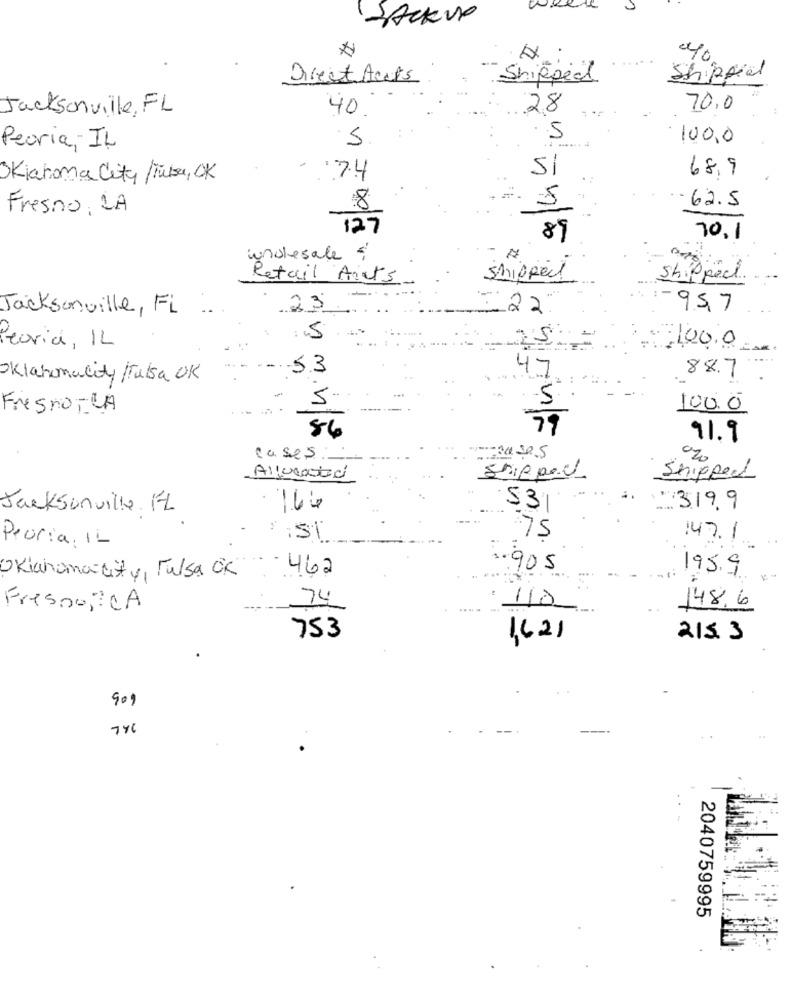
BACKUP
Direct Acts
Shipped
Shipped
Jacksonville, FL
40
28
70,0
5
5
100,0
Peoria, IL
Si
68.9
Oklahoma City /Tulsa, OK
5
- 62.5
Fresno, LA
8
127
89
70, 1
wholesale
Retail Aits
shipped
Shipped
Jacksonville, FL
23
=22
95.7
: 5
25
Peoria, IL
100.0
53
Oklahomacity /Tulsa OK
..
47
88.7 .
5
-5
Fresno-LA
100.0
79
86
91.9
cases
Allocated
shipped
Shipped
-
Jacksonville FL
53
3.19.9
Peoria, 1L
: 51
75
147.1
462
4.905
Oklahomacity, Pulsa ik
195.9
74
148,6
Fresno, CA
110
753
1621
215.3
909
746
2040759995